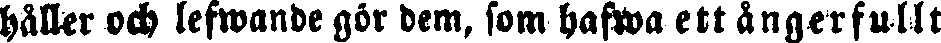
hæller och lefwande gör dem, som hafwa ett ångerfullt